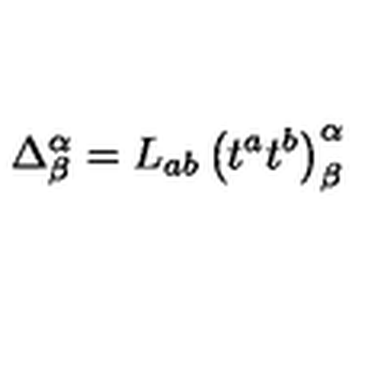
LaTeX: \Delta _ { \beta } ^ { \alpha } = L _ { a b } \left( t ^ { a } t ^ { b } \right) _ { \beta } ^ { \alpha }